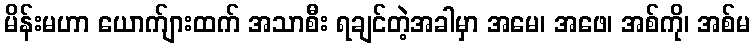
မိန်းမဟာ ယောက်ျားထက် အသာစီး ရချင်တဲ့အခါမှာ အမေ၊ အဖေ၊ အစ်ကို၊ အစ်မ